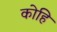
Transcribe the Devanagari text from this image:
कोहि